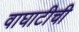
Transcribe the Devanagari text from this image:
वाघाटीची